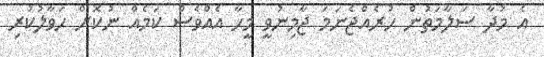
އެ މުދާ ސަލާމަތުން ހުރެއްޖެނަމަ ޖާމިނުވީ މީހާ އެއްވެސް ކަމެއް ނުކޮށް ހަވާލުކުރި